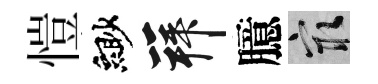
愷緲拜臆冣